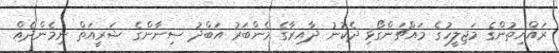
ރައްޔިތުންގެ މަޖިލީހުގެ މައްޗަންގޯޅި ދެކުނު ދާއިރާގެ މެންބަރު އަބްދު ސިނާންގެ ޝަރީއަތް ނިމެންދެއް